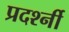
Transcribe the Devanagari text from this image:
प्रदर्श्नी